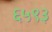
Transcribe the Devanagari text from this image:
६५९३